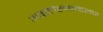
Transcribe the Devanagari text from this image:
अग्रलेखाबद्दलचा